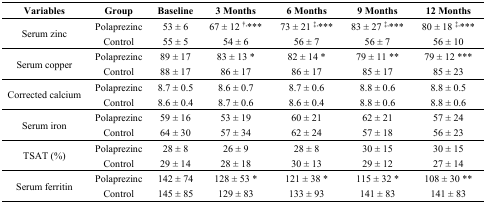
| Variables | Group | Baseline | 3 Months | 6 Months | 9 Months | 12 Months |
 | --- | --- | --- | --- | --- | --- | --- |
 | <ROWSPAN=2> Serum zinc | Polaprezinc | 53 ± 6 | 67 ± 12 †,*** | 73 ± 21 ‡,*** | 83 ± 27 ‡,*** | 80 ± 18 ‡,*** |
 | Control | 55 ± 5 | 54 ± 6 | 56 ± 7 | 56 ± 7 | 56 ± 10 |
 | <ROWSPAN=2> Serum copper | Polaprezinc | 89 ± 17 | 83 ± 13 * | 82 ± 14 * | 79 ± 11 ** | 79 ± 12 *** |
 | Control | 88 ± 17 | 86 ± 17 | 86 ± 17 | 85 ± 17 | 85 ± 23 |
 | <ROWSPAN=2> Corrected calcium | Polaprezinc | 8.7 ± 0.5 | 8.6 ± 0.7 | 8.7 ± 0.6 | 8.8 ± 0.6 | 8.8 ± 0.5 |
 | Control | 8.6 ± 0.4 | 8.7 ± 0.6 | 8.6 ± 0.4 | 8.8 ± 0.6 | 8.8 ± 0.6 |
 | <ROWSPAN=2> Serum iron | Polaprezinc | 59 ± 16 | 53 ± 19 | 60 ± 21 | 62 ± 21 | 57 ± 24 |
 | Control | 64 ± 30 | 57 ± 34 | 62 ± 24 | 57 ± 18 | 56 ± 23 |
 | <ROWSPAN=2> TSAT (%) | Polaprezinc | 28 ± 8 | 26 ± 9 | 28 ± 8 | 30 ± 15 | 30 ± 15 |
 | Control | 29 ± 14 | 28 ± 18 | 30 ± 13 | 29 ± 12 | 27 ± 14 |
 | <ROWSPAN=2> Serum ferritin | Polaprezinc | 142 ± 74 | 128 ± 53 * | 121 ± 38 * | 115 ± 32 * | 108 ± 30 ** |
 | Control | 145 ± 85 | 129 ± 83 | 133 ± 93 | 141 ± 83 | 141 ± 83 |